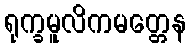
ရုက္ခမူလိကမတ္တေန